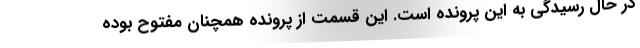
در حال رسیدگی به این پرونده است. این قسمت از پرونده همچنان مفتوح بوده